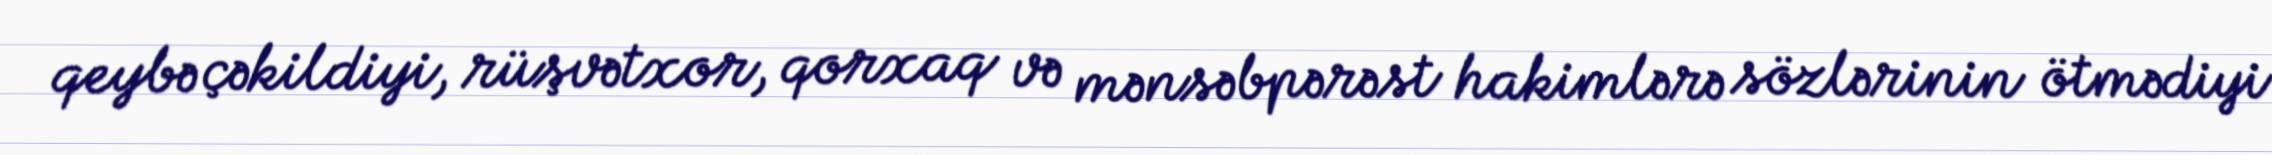
qeybə çəkildiyi, rüşvətxor, qorxaq və mənsəbpərəst hakimlərə sözlərinin ötmədiyi